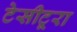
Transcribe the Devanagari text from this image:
टेसीटूरा